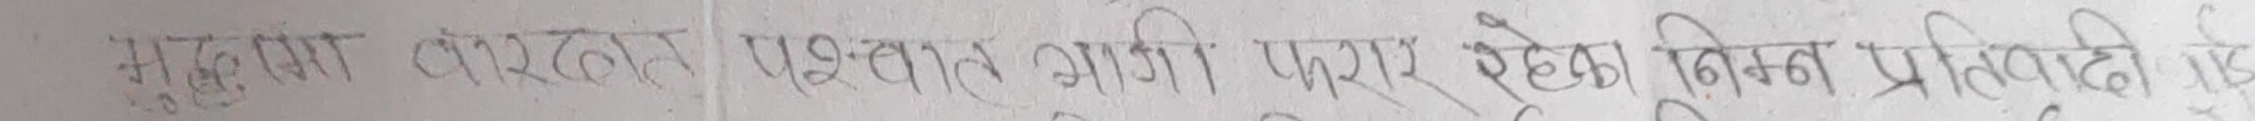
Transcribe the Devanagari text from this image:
सुचना बारदा पश्चात आइपिएर सुहेका निम्न प्रतिपुटी गई